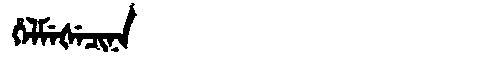
Manchu: ᡥᡝᠯᠮᡝᡧᡝᠴᡳᠨᠠ
Romanization: HELMEŠECINA